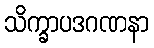
သိက္ခာပဒဂဏနာ